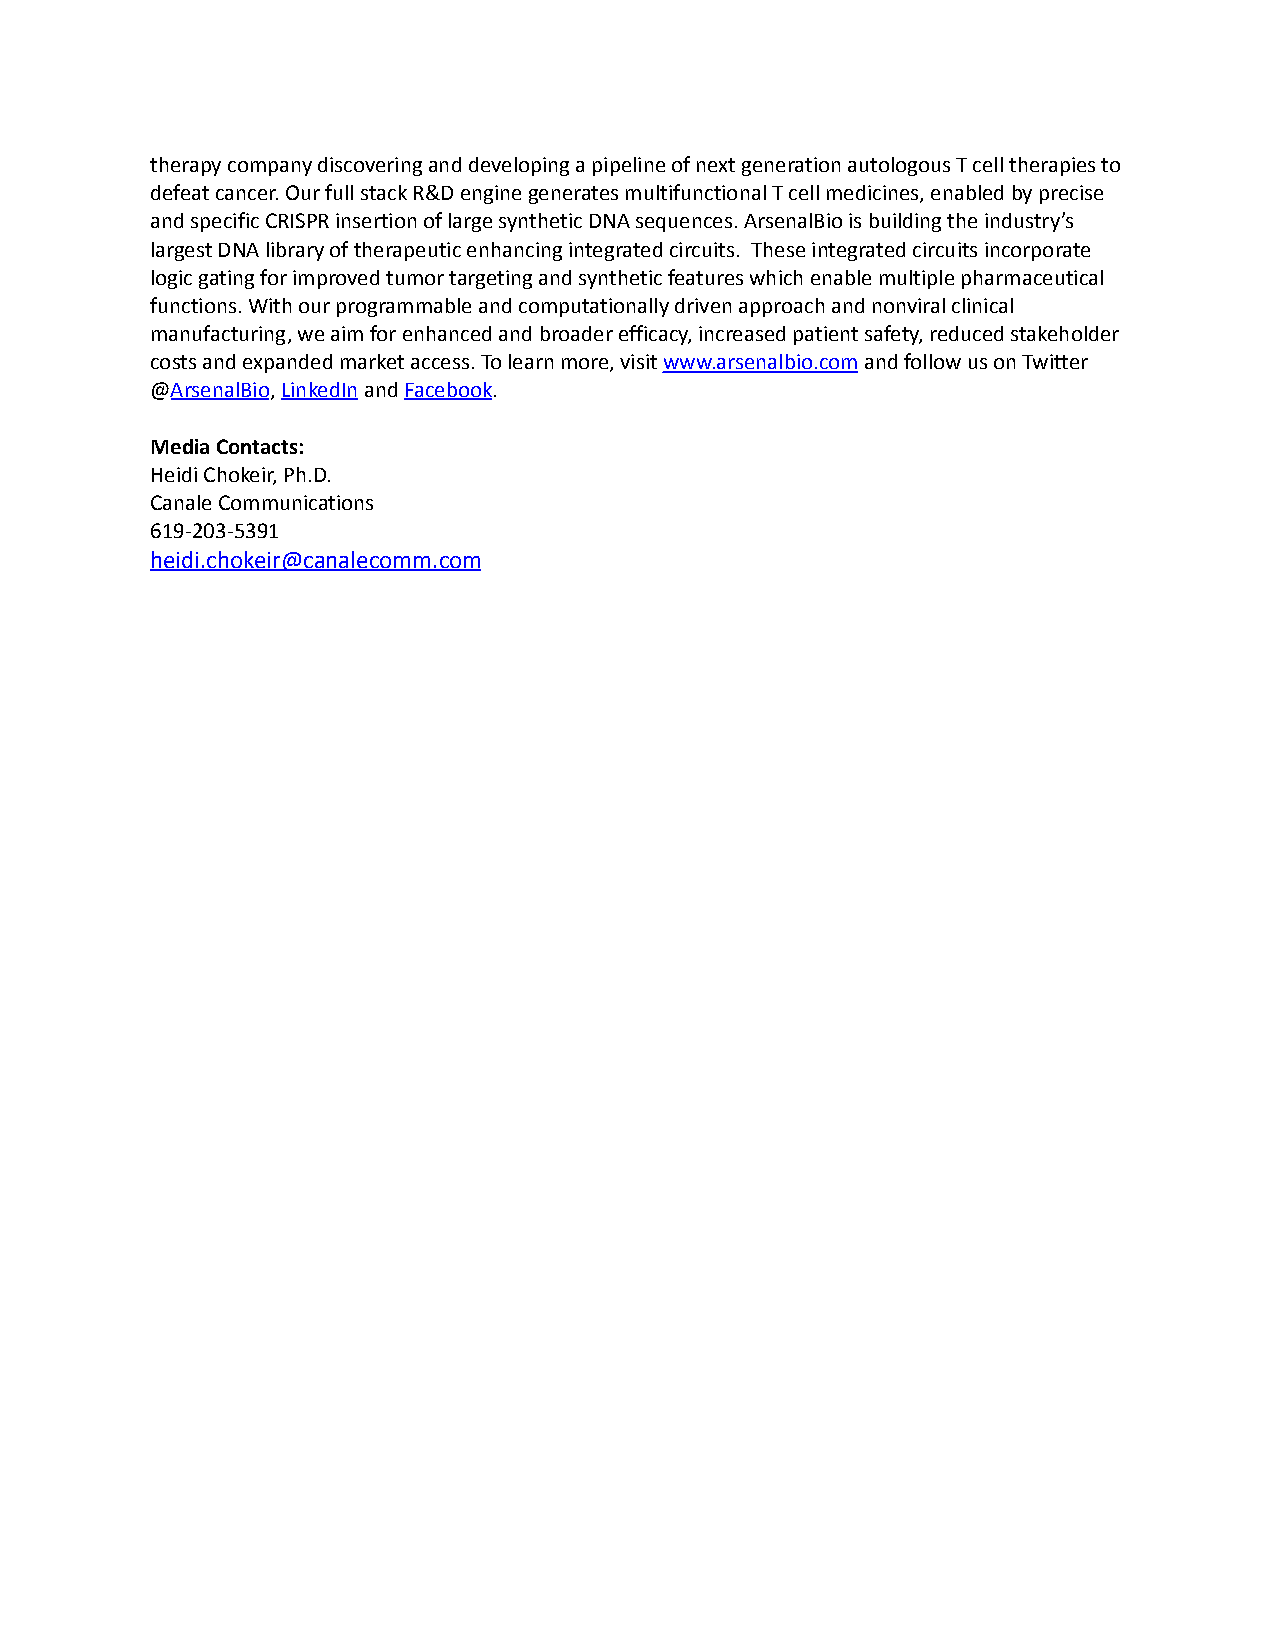
therapy company discovering and developing a pipeline of next generation autologous T cell therapies to
 defeat cancer. Our full stack R&D engine generates multifunctional T cell medicines, enabled by precise
 and specific CRISPR insertion of large synthetic DNA sequences. ArsenalBio is building the industry’s
 largest DNA library of therapeutic enhancing integrated circuits. These integrated circuits incorporate
 logic gating for improved tumor targeting and synthetic features which enable multiple pharmaceutical
 functions. With our programmable and computationally driven approach and nonviral clinical
 manufacturing, we aim for enhanced and broader efficacy, increased patient safety, reduced stakeholder
 costs and expanded market access. To learn more, visitwww.arsenalbio.comand follow us on Twitter
 @ArsenalBio,LinkedInandFacebook.
 Media Contacts:
 Heidi Chokeir, Ph.D.
 Canale Communications
 619-203-5391
 heidi.chokeir@canalecomm.com